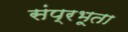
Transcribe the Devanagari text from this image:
संप्रभूता